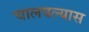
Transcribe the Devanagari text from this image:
चालवल्यास